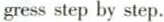
gress step by step.